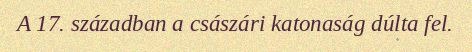
A 17. században a császári katonaság dúlta fel.